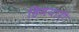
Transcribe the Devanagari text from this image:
हिमयारी